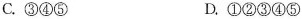
C.③④⑤ D.①②③④⑤